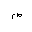
Letter: _sad